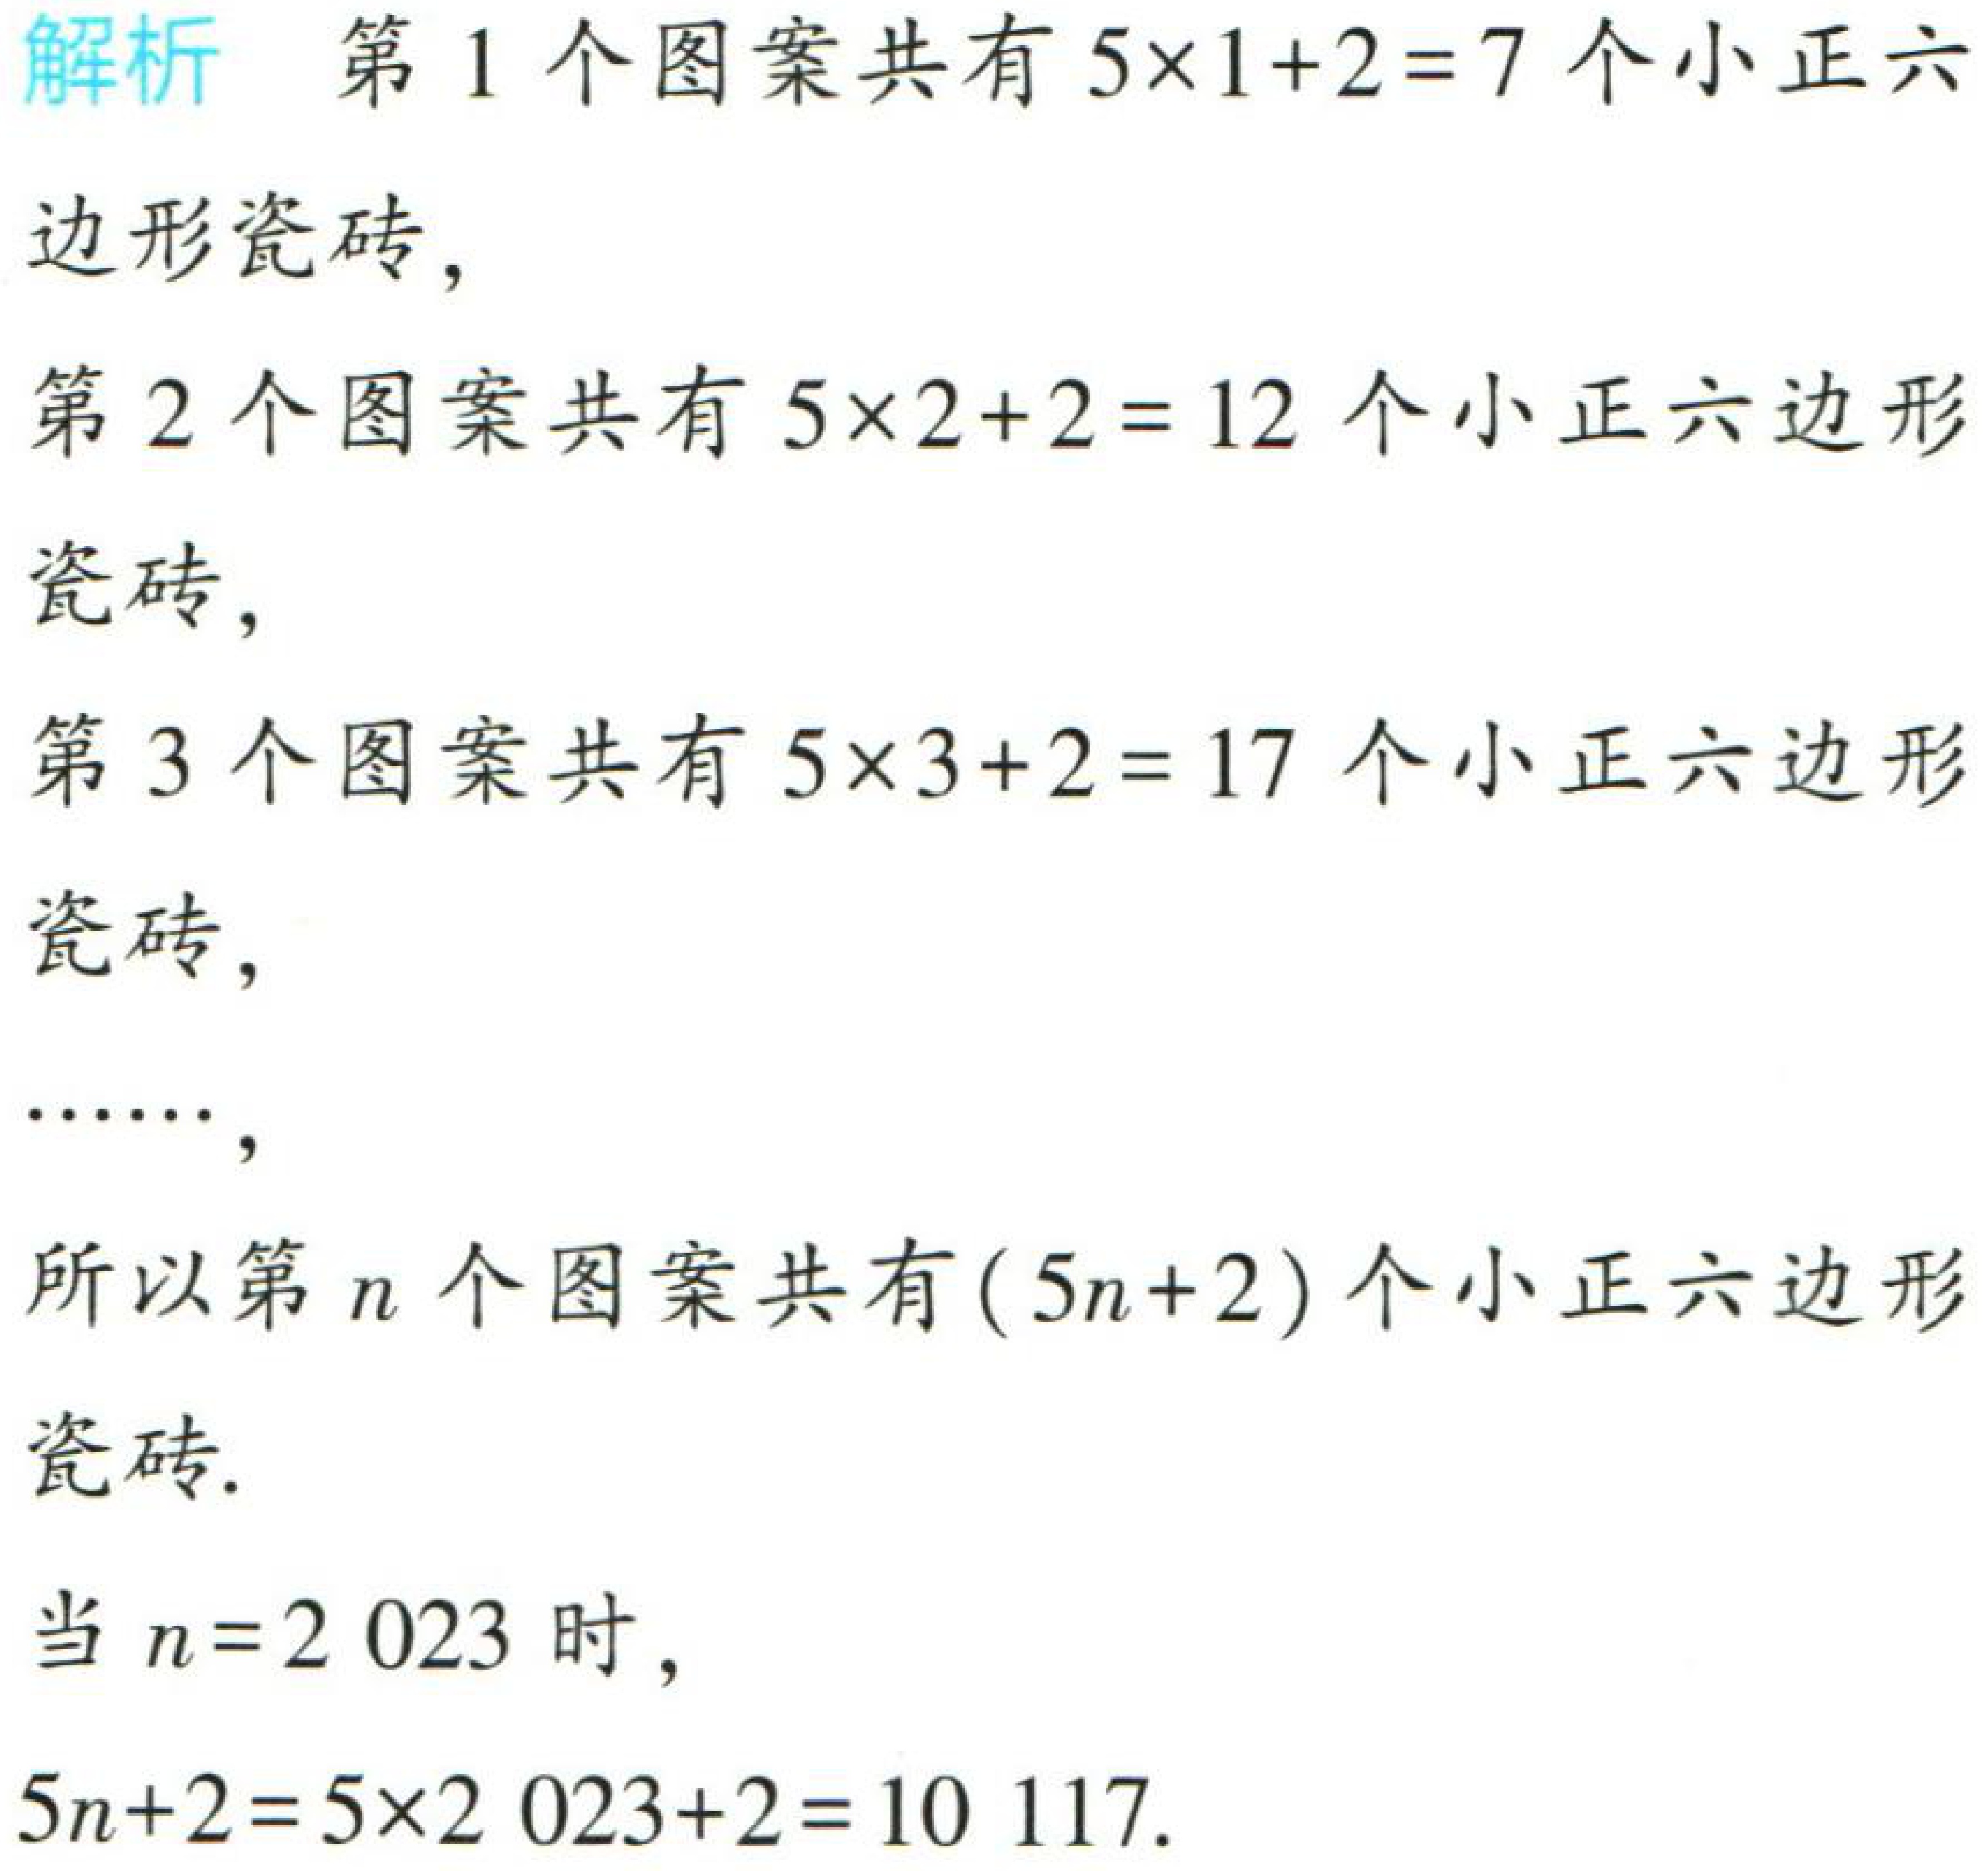
解析 第1个图案共有\(5\times1 + 2 = 7\)个小正六边形瓷砖,

第2个图案共有\(5\times2 + 2 = 12\)个小正六边形瓷砖,

第3个图案共有\(5\times3 + 2 = 17\)个小正六边形瓷砖,

……,

所以第\(n\)个图案共有\((5n + 2)\)个小正六边形瓷砖.

当\(n = 2023\)时,

\(5n + 2 = 5\times2023 + 2 = 10117\).